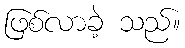
ဖြစ်လာခဲ့ သည်။